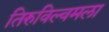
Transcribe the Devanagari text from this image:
तिरुविल्वमला